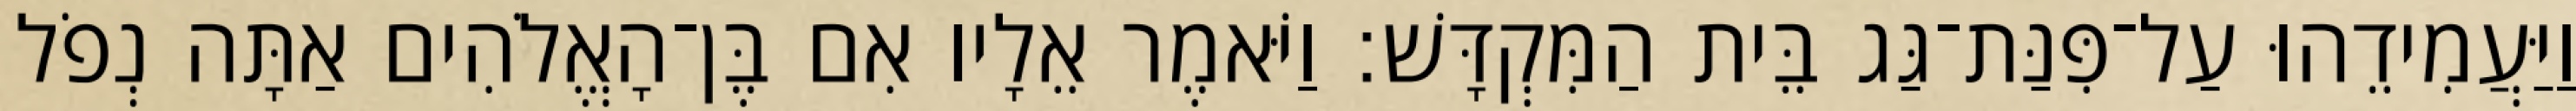
וַיַּעֲמִידֵהוּ עַל־פִּנַּת־גַּג בֵּית הַמִּקְדָּשׁ׃ וַיֹּאמֶר אֵלָיו אִם בֶּן־הָאֱלֹהִים אַתָּה נְפֹל